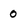
Character: 0